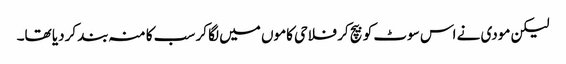
لیکن مودی نے اس سوٹ کو بیچ کر فلاحی کاموں میں لگا کر سب کا منہ بند کردیا تھا۔